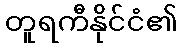
တူရကီနိုင်ငံ၏